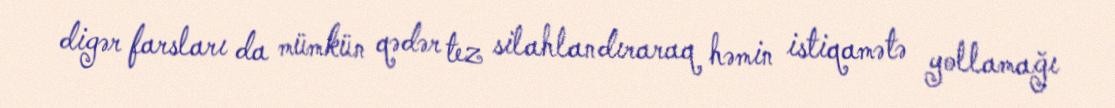
digər farsları da mümkün qədər tez silahlandıraraq həmin istiqamətə yollamağı